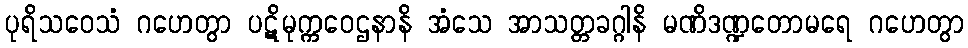
ပုရိသဝေသံ ဂဟေတွာ ပဋိမုက္ကဝေဌနာနိ အံသေ အာသတ္တခဂ္ဂါနိ မဏိဒဏ္ဍတောမရေ ဂဟေတွာ